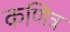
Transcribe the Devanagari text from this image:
कणित्र